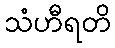
သံဟီရတိ